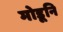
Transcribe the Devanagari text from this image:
मोडूनि